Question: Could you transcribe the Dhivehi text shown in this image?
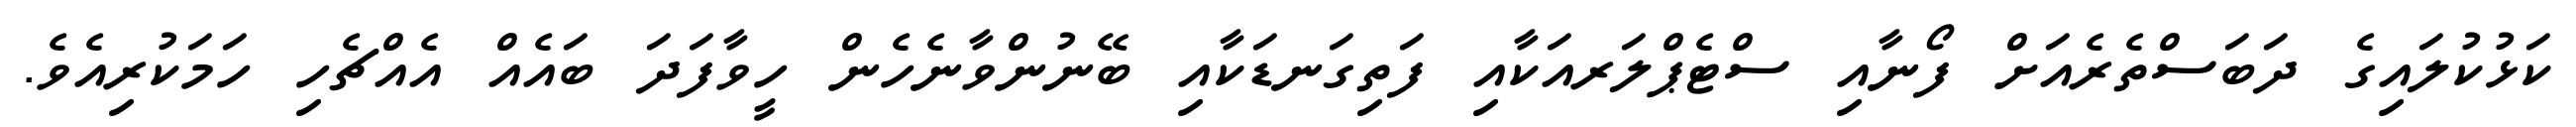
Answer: ކަޅުކުލައިގެ ދަބަސްތެރެއަށް ފޯނާއި ސްޓެޕްލަރއަކާއި ފަތިގަނޑަކާއި ބޭނުންވާނެހެން ހީވާފަދަ ބައެއް އެއްޗެހި ހަމަކުރިއެވެ.